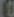
10